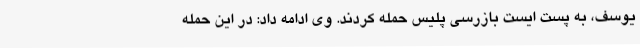
یوسف، به پست ایست بازرسی پلیس حمله کردند. وی ادامه داد: در این حمله